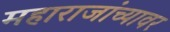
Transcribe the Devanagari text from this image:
महाराजांच्यावर